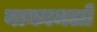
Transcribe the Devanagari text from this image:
नाकामलों